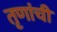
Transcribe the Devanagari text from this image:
तृणांची